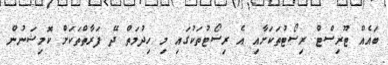
ބައެއް ޓޫރިސްޓް ރިސޯޓުތަކަށާއި އެ ރިސޯޓުތަކުގައި މި ހިދުމަތް ދޭ ފަރާތްތަކަށް ކޮމިޝަނުން